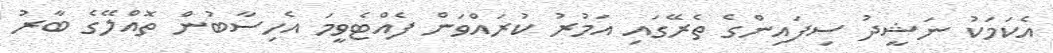
އެކަމަކު ނަޝީދު ސިފައިންގެ ތެރޭގައި އަމުރު ކުރައްވަން ފެއްޓެވީމަ އެހިސާބުން ތޮއްލޭގެ ބާރު